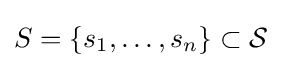
S=\{s_{1},\dots ,s_{n}\}\subset {\mathcal {S}}